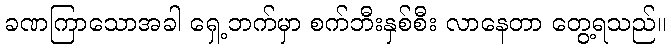
ခဏကြာသောအခါ ရှေ့ဘက်မှာ စက်ဘီးနှစ်စီး လာနေတာ တွေ့ရသည်။